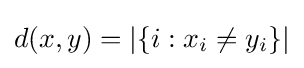
d(x,y)=|\{i:x_{i}\not =y_{i}\}|